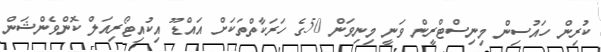
ކުރިން ހައުސިން މިނިސްޓްރީން ވަނީ މިނިވަން 50ގެ ހަރަކާތްތަކަށް އައްޑޫ އިކުއިޓޯރިއަލް ކޮންވެންޝަން